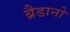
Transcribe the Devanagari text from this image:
ब्रैडानो